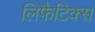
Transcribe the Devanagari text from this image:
लिफ़ैटिक्स